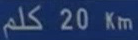
كلم 20 كم